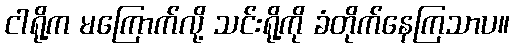
ငါရို့က မကြောက်လို့ သင်းရို့ကို ခံတိုက်နေကြသာပ။